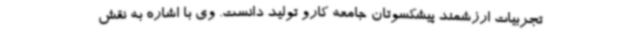
تجربیات ارزشمند پیشکسوتان جامعه کارو تولید دانست. وی با اشاره به نقش